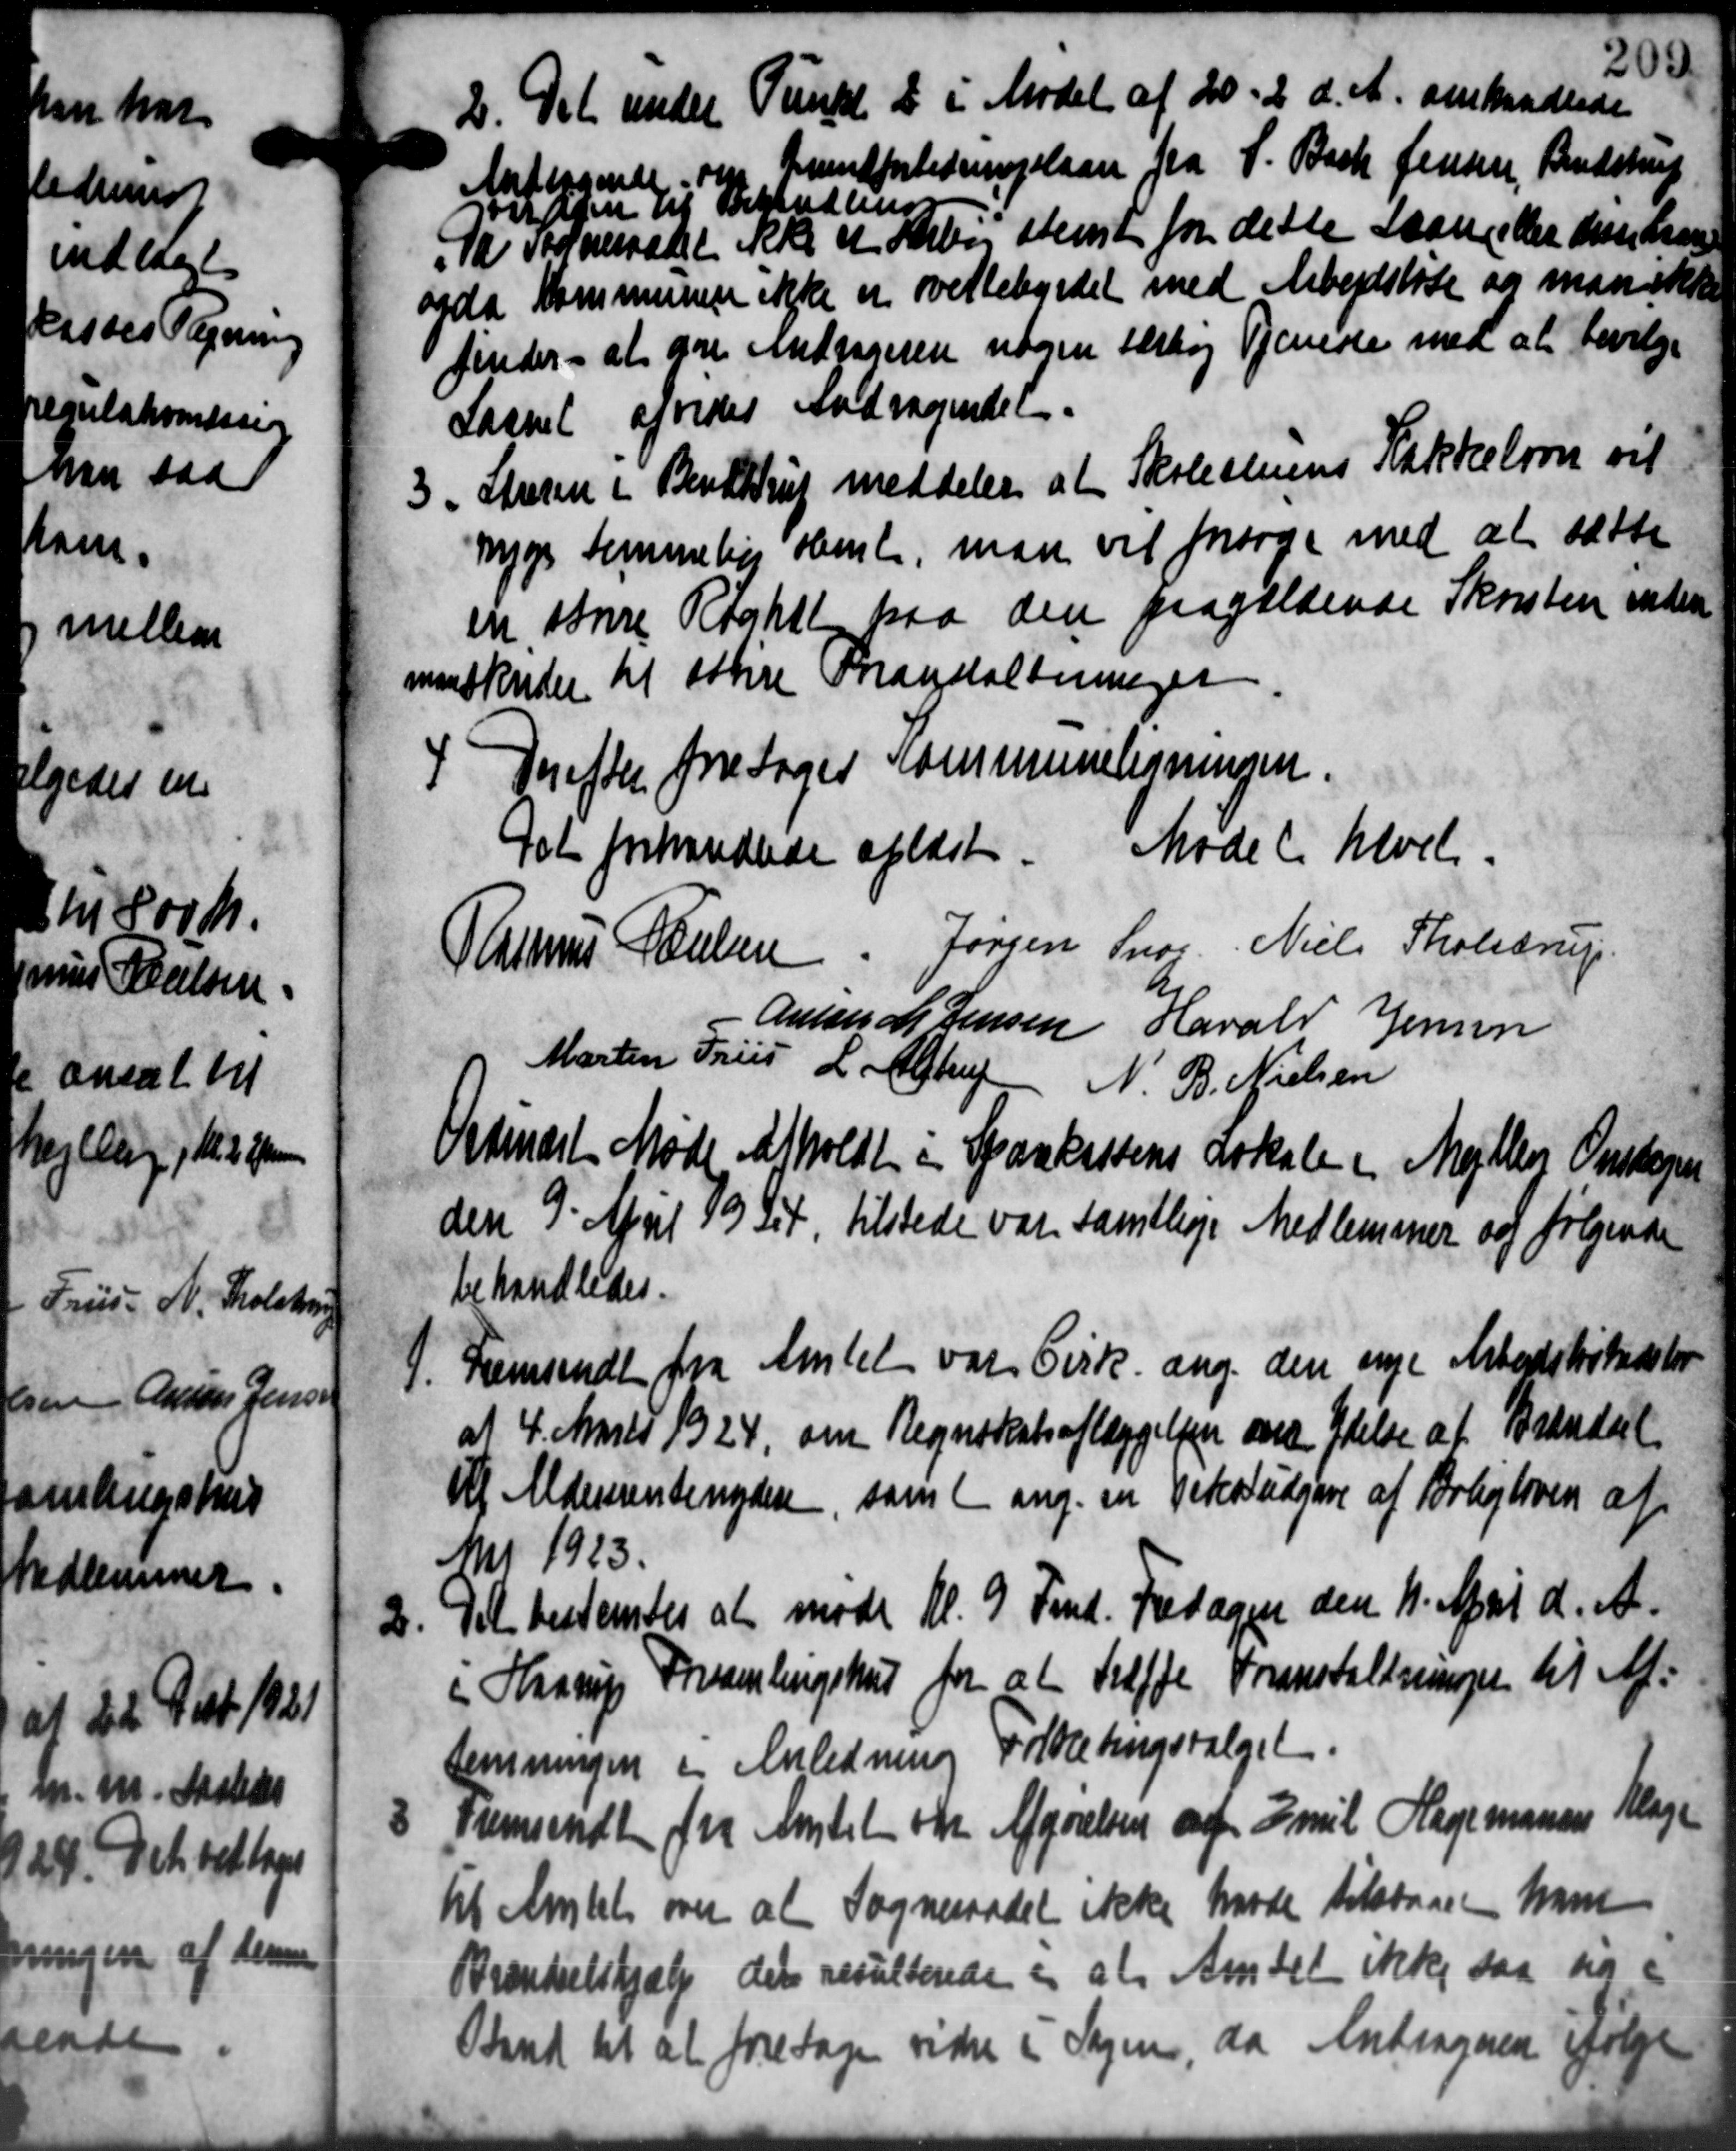
Transskription:
2. Det under Punkt 2 i Mødet af 20. 2 d. A. omhandlede
2. Det under Punkt 2 i Mødet af 20. 2 d. A. omhandlede
Andragende om Grundforledningslaan fra S. Bach Jensen, Bendstrup
onden af behandlend
Da Sogneraadet ikke et Aarbog stemt for dette Laaneller Anstaas
ogda Kommunen ikke er overtebyrdet med Arbejdsløse og man ikke
finder - at gre Andrageren nogen forbog Tjeneste med at bevilge
Laanet afvedes Andragendet.
3. Stueren i Bendstrup meddeler at Skolestuens Kakkelovn vil
3. Stueren i Bendstrup meddeler at Skolestuens Kakkelovn vil
nyge temmelig samt man vil forsøge med at sætte
en store Røghet paa den paagældende Skovsten inden
mandskrider til stre Forandaltninger
4. Derefter foretoges Kommuneligningen.
4. Derefter foretoges Kommuneligningen.
ret forhandlede oplæst. Mødet hævet.
Rasmus Poulsen Jørgen Snog Niels Tholeerup
Anton M. Jensen Harald Jensen
Martin Friis L. Alstrup N. B. Nielsen
Ordinært Møde afholdt i Sparekassens Lokale i Mejlby Onsdagen
den 9' April 19 det, tilstede var samtlige Medlemmer og følgende
behandledes.
1. Fremsendt fra Amtet var Cirk. ang. den nye Arbedslistenstor
1. Fremsendt fra Amtet var Cirk. ang. den nye Arbedslistenstor
at 4 Marts 1924, om Regnskabsaflæggelsen om Ydelse af Brændsel
til Aldersrentenydere, som ( ang. en Peter udgive af Boligloven af
N1 1923.
2.
Det bestemtes at møde Kl. 9 Fmd. Fredagen den 11. April d. A.
i Haarup Forsamlingshus for at Tilffe Foranstaltninger til Af=
temningen i Anledning Folketingsvalget
8
fremsendt fra Amtet om Afgørelsen af Emil Hagemanen Klage
til Amtet over at Sogneraadet ikke havde tilstaaet ham
Brændselshjælp der resulterede i at Amtet ikke saa sig e
Band til at foretage vidre i Sagen, da Andragnen følge